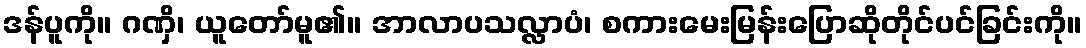
ဒန်ပူကို။ ဂဏှိ၊ ယူတော်မူ၏။ အာလာပသလ္လာပံ၊ စကားမေးမြန်းပြောဆိုတိုင်ပင်ခြင်းကို။